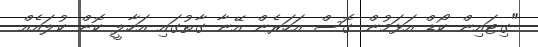
"ގިޓައިން ކޯޑް އަޅަމުން ގޮސް އަހަރެން އޭނާ ގާތުގައި އަހާލީ ކޮން ކުލައެއް